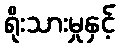
ရိုးသားမှုနှင့်